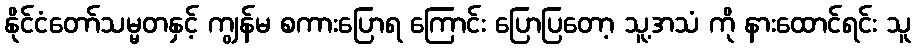
နိုင်ငံတော်သမ္မတနှင့် ကျွန်မ စကားပြောရ ကြောင်း ပြောပြတော့ သူ့အသံ ကို နားထောင်ရင်း သူ